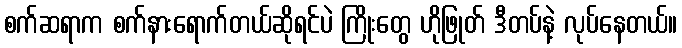
စက်ဆရာက စက်နားရောက်တယ်ဆိုရင်ပဲ ကြိုးတွေ ဟိုဖြုတ် ဒီတပ်နဲ့ လုပ်နေတယ်။